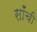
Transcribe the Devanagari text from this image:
सॉंची